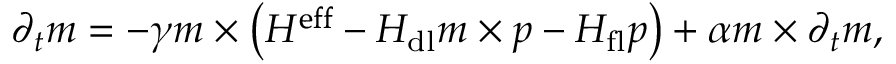
\begin{array} { r } { \centering { \partial } _ { t } \boldsymbol { m } = - \gamma \boldsymbol { m } \times \left( \boldsymbol { H ^ { \mathrm { e f f } } } - H _ { \mathrm { d l } } \boldsymbol { m } \times \boldsymbol { p } - H _ { \mathrm { f l } } \boldsymbol { p } \right) + \alpha { \boldsymbol { m } } \times { \partial } _ { t } { \boldsymbol { m } } , } \end{array}